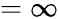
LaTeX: =\infty